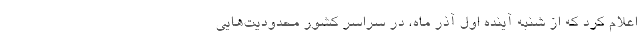
اعلام کرد که از شنبه آینده اول آذر ماه، در سراسر کشور محدودیت‌هایی